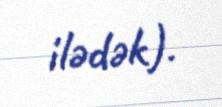
ilədək).